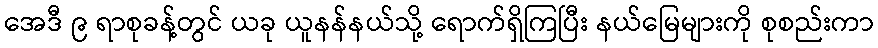
အေဒီ ၉ ရာစုခန့်တွင် ယခု ယူနန်နယ်သို့ ရောက်ရှိကြပြီး နယ်မြေများကို စုစည်းကာ